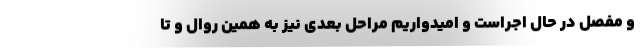
و مفصل در حال اجراست و امیدواریم مراحل بعدی نیز به همین روال و تا